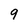
Character: 9